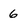
Character: 6